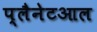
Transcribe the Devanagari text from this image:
प्लैनेटआल